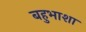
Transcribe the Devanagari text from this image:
बहुभाशा